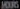
HOURS